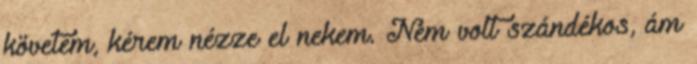
követem, kérem nézze el nekem. Nem volt szándékos, ám